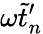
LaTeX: \omega\tilde{t}_{n}^{\prime}